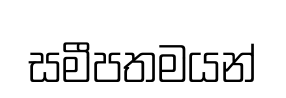
සමීපතමයන්